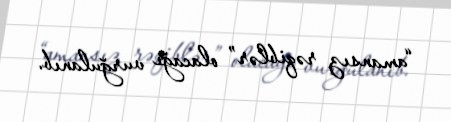
“amansız rəqiblər” olacağı vurğulanıb.